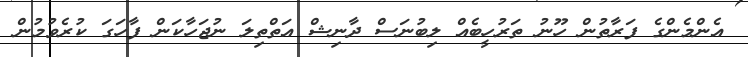
އެންމެންގެ ފަރާތުން ހޫނު ތަރުހީބެއް ލިބުނަސް ދާނިޝް އަތްތިލަ ނުޖަހާކަން ފާހަގަ ކުރެވުމުން